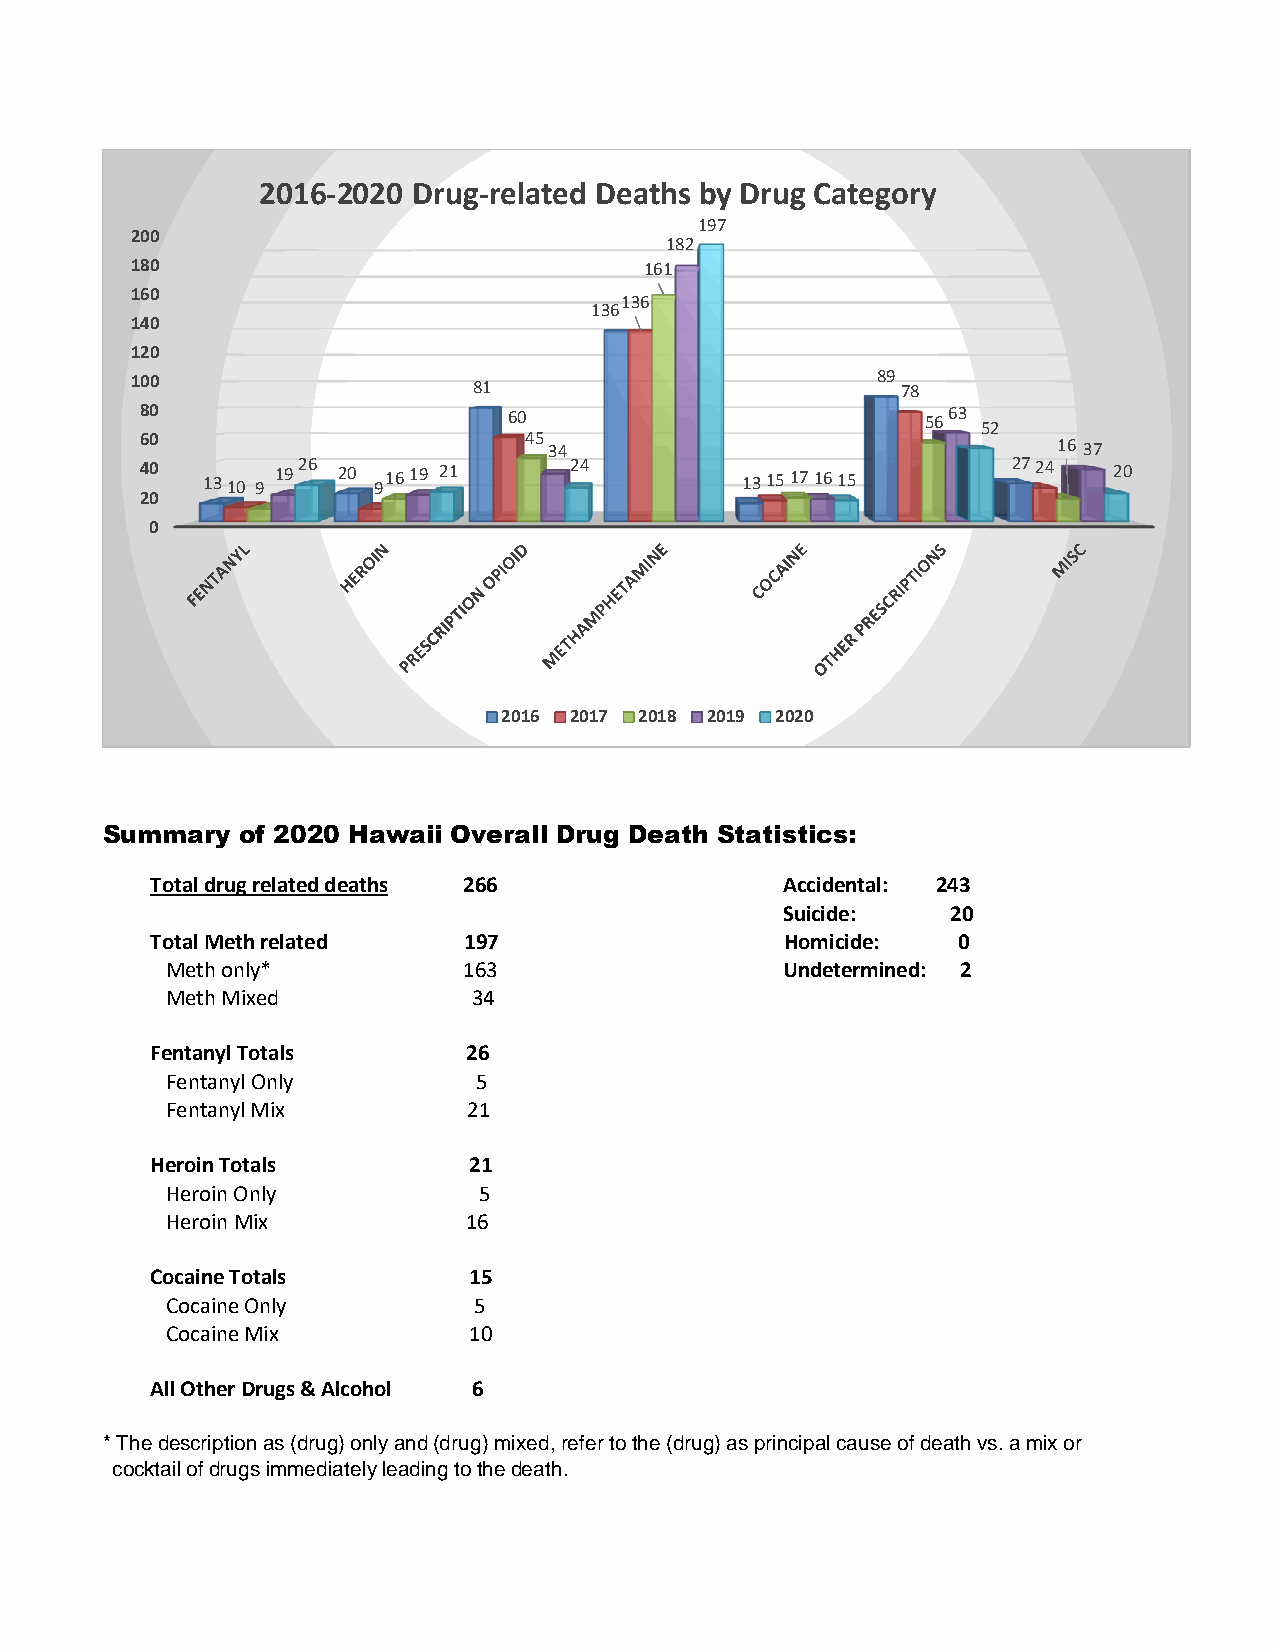
2016-2020 Drug-related Deaths by Drug Category
 197
 200
 182
 180                               161
 160
 136
 136
 140
 120
 100                   81                         89 78
 80                       60                         5663
 52
 60                        45 34                              16 37
 40  1310 9 1926 20 91619 21  24         1315171615        2724   20
 20
 0
 2016 2017 2018 2019 2020
 Summary  of 2020 Hawaii Overall Drug Death Statistics:
 Total drug related deaths 266             Accidental: 243
 Suicide:   20
 Total Meth related   197                  Homicide:  0
 Meth only*          163                  Undetermined: 2
 Meth Mixed          34
 Fentanyl Totals      26
 Fentanyl Only       5
 Fentanyl Mix        21
 Heroin Totals        21
 Heroin Only          5
 Heroin Mix          16
 Cocaine Totals       15
 Cocaine Only        5
 Cocaine Mix         10
 All Other Drugs & Alcohol 6
 * The description as (drug) only and (drug) mixed, refer to the (drug) as principal cause of death vs. a mix or
 cocktail of drugs immediately leading to the death.